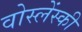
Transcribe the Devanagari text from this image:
वोस्लेंस्की